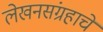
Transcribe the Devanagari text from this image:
लेखनसंग्रहाचे